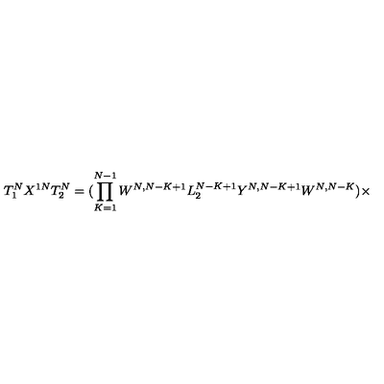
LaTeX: T _ { 1 } ^ { N } X ^ { 1 N } T _ { 2 } ^ { N } = ( \prod _ { K = 1 } ^ { N - 1 } W ^ { N , N - K + 1 } L _ { 2 } ^ { N - K + 1 } Y ^ { N , N - K + 1 } W ^ { N , N - K } ) \times